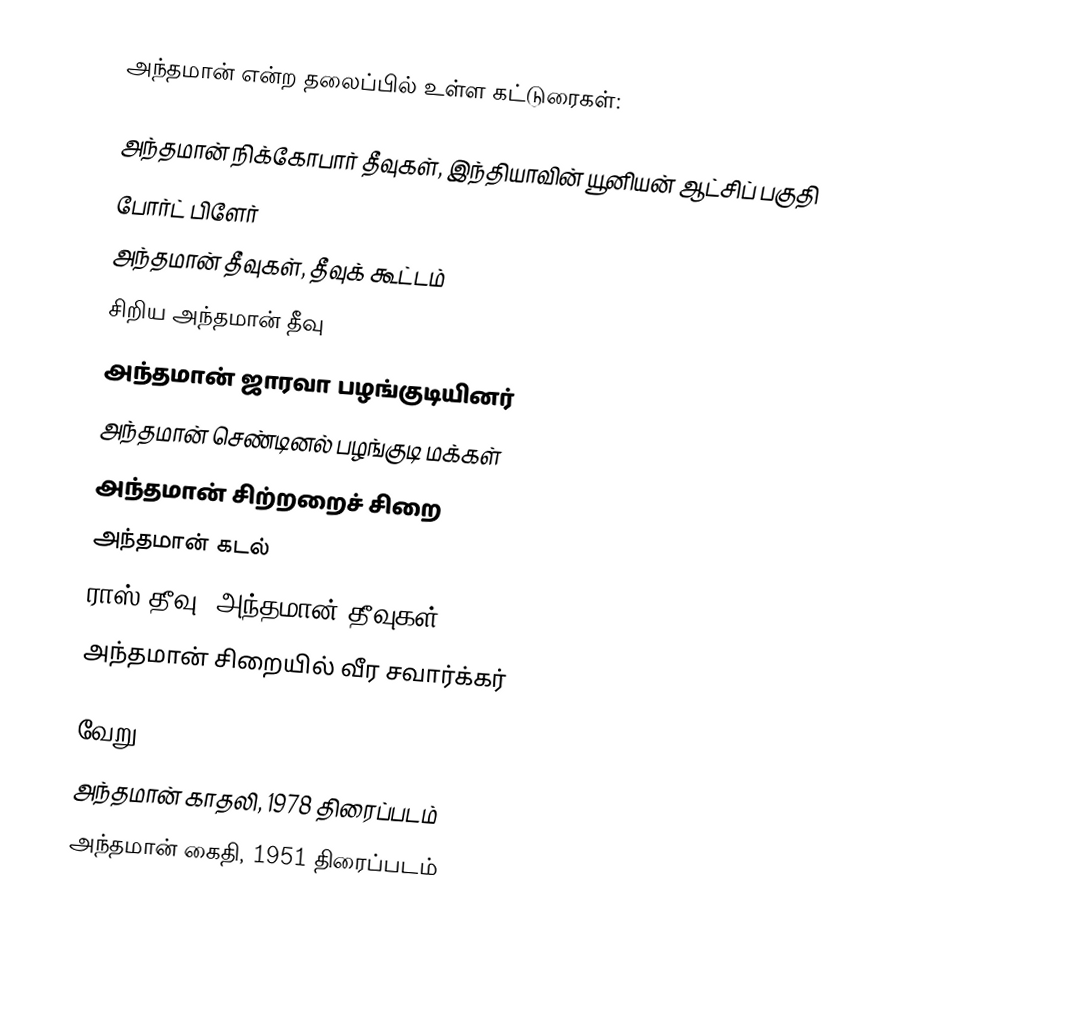
அந்தமான் என்ற தலைப்பில் உள்ள கட்டுரைகள்:

 அந்தமான் நிக்கோபார் தீவுகள், இந்தியாவின் யூனியன் ஆட்சிப் பகுதி
 போர்ட் பிளேர்
 அந்தமான் தீவுகள், தீவுக் கூட்டம்
 சிறிய அந்தமான் தீவு
 அந்தமான் ஜாரவா பழங்குடியினர்
 அந்தமான் செண்டினல் பழங்குடி மக்கள்
 அந்தமான் சிற்றறைச் சிறை
 அந்தமான் கடல்
 ராஸ் தீவு (அந்தமான் தீவுகள்)
 அந்தமான் சிறையில் வீர சவார்க்கர்

வேறு
 அந்தமான் காதலி, 1978 திரைப்படம்
 அந்தமான் கைதி, 1951 திரைப்படம்